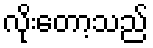
လိုးတော့သည်